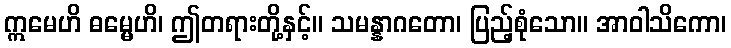
ဣမေဟိ ဓမ္မေဟိ၊ ဤတရားတို့နှင့်။ သမန္နာဂတော၊ ပြည့်စုံသော။ အာဝါသိကော၊